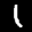
Label: 1